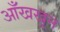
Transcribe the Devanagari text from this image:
आँखखून